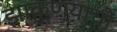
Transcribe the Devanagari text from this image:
झाकण्याची